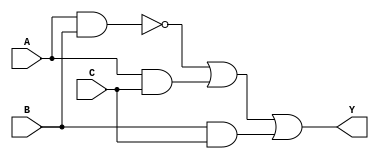
module sop_simplification (
    input wire A,  // Input variable A
    input wire B,  // Input variable B
    input wire C,  // Input variable C
    output wire Y  // Output Y
);

// Define the minterms for which the output should be true (1)
// For example, let's assume we have minterms 1, 2, 5, and 6
// Minterms: 1 (001), 2 (010), 5 (101), 6 (110)
// This corresponds to the following product terms:
// A'B'C + A'BC' + AB'C + ABC
// The simplified SOP expression would be Y = A'C + AB

assign Y = (A ~& B) | (A & C) | (B & C); // Simplified expression

endmodule